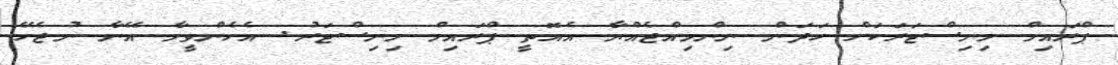
ޕްރައިމް މިނިސްޓަރަކަށް ހަދަން ނިންމިއްޖެއްޔާ އެއޮތީ ޕްރައިމް މިނިސްޓަރު. އެހެންވީމާ އޭނާ ނުޖެހޭ